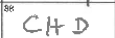
Transcription: CHD